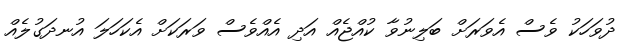
ދުވަހަކު ވެސް އެވަރަށް ބަލިނުވާ ކުއްޖެއް އަދި އެއްވެސް ވަރަކަށް އެކަހަލަ އުނދަގުލެއް